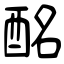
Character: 酩